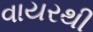
વાયરથી